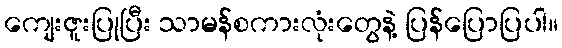
ကျေးဇူးပြုပြီး သာမန်စကားလုံးတွေနဲ့ ပြန်ပြောပြပါ။